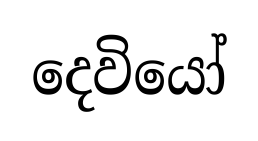
දෙවියෝ